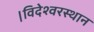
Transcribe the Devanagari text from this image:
।विदेश्वरस्थान